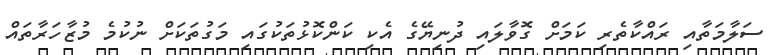
ސަލާމަތާއި ރައްކާތެރި ކަމަށް ގޮވާލައި ދުނިޔޭގެ އެކި ކަންކޮޅުތަކުގައި މަގުތަކަށް ނުކުމެ މުޒާހަރާތައް